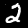
Digit: 2